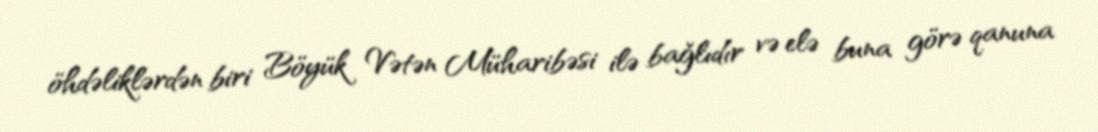
öhdəliklərdən biri Böyük Vətən Müharibəsi ilə bağlıdır və elə buna görə qanuna